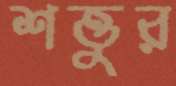
শত্তুর